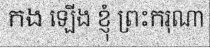
កង ឡើង ខ្ញុំ ព្រះករុណា